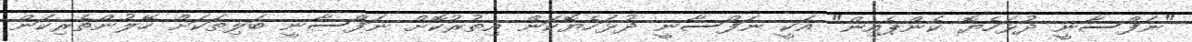
"ނަފްސާނީ ދުޅަހެޔޮ ކެންޕެއިން" އަކީ ނަފްސާނީ ދުޅަހެޔޮކަން އިތުރުކޮށް ނަފްސާނީ ބަލިތަކަށް ހޭލުންތެރިކަން